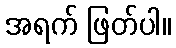
အရက် ဖြတ်ပါ။